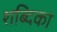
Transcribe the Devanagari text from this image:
शब्दिका